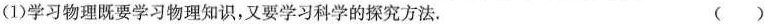
(1)学习物理既要学习物理知识，又要学习科学的探究方法。 ( )